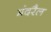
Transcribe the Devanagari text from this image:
मंदरैल